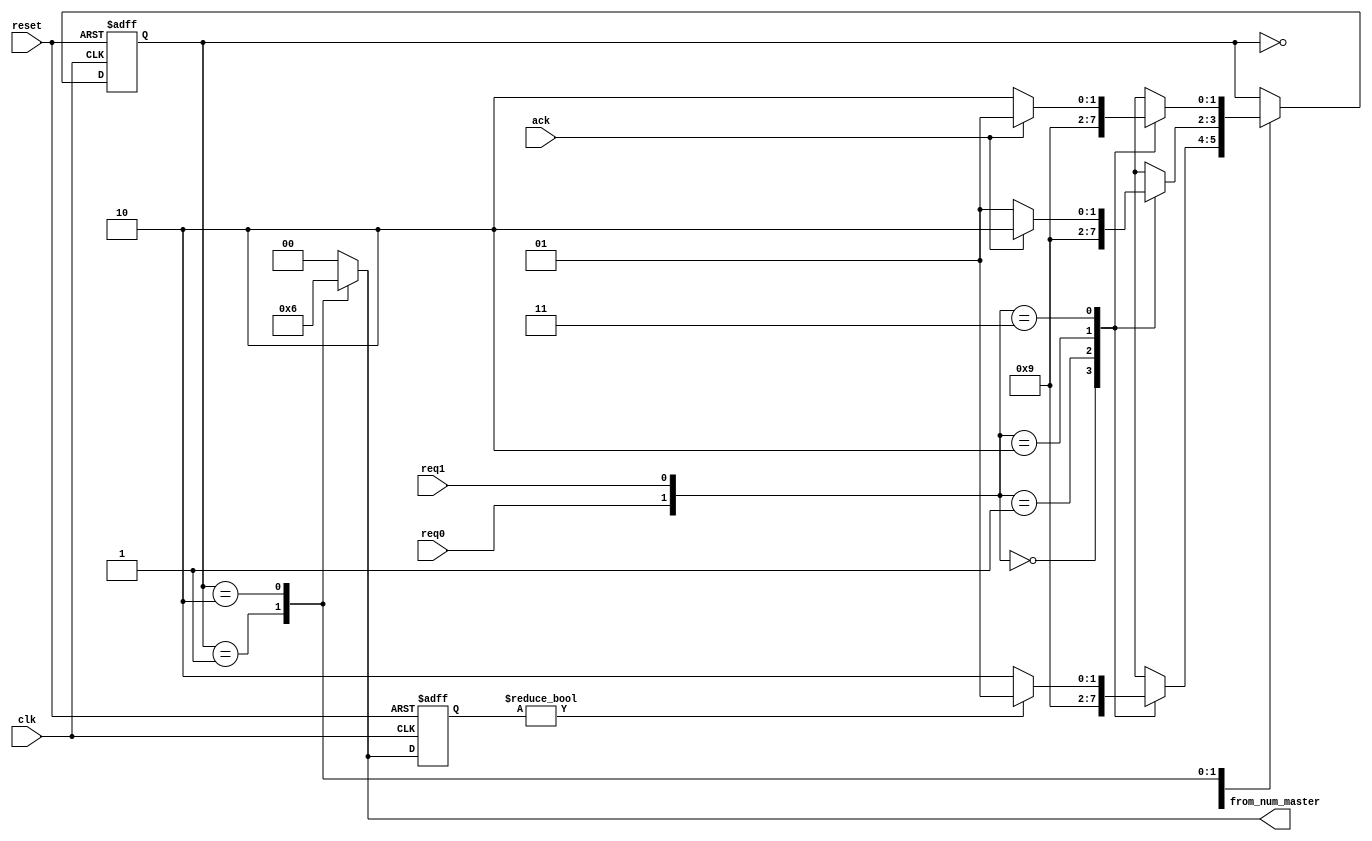
//1 arbiter for each slave
module arbiter
#(parameter NUM=1'b0)//size buffer queue
(
	input clk, 
	input reset,
	//from master 0
	input req0, 
	//from master 1
	input req1,
	//from slave
	input ack,
	
	output reg [1:0] from_num_master //01 - master0, 10 - master1
);

reg [1:0] state;
parameter Idle=0, Master0=2'b01, Master1=2'b10;
reg [1:0] last_num_master; //to change master if 2 req 

always@(posedge clk, posedge reset)
begin
	if(reset) begin
		state<=Idle;
	end
	else
		case(state)
			Idle: begin case ({req0,req1})
				2'b00: state <= Idle;
				2'b01: state <= Master1;
				2'b10: state <= Master0; 
				2'b11: state <= (last_num_master) ? Master0 : Master1;   //change master 
				endcase
				end
				
			Master0: begin case ({req0,req1})
				2'b00: state <= Idle;
				2'b01: state <= Master1;
				2'b10: state <= Master0;
				2'b11: begin if (ack)
						state <= Master1; //processing 2nd req
						else state <= Master0; //wait ack slave
						end
				endcase
				end
				
			Master1: begin case ({req0,req1})
				2'b00: state <= Idle;
				2'b01: state <= Master1;
				2'b10: state <= Master0;
				2'b11: begin if (ack)
						state <= Master0;//processing 2nd req
						else state<=Master1;//wait ack slave
						end
				endcase
				end
		endcase
end

always@(state)
begin
	case(state)
		Idle: from_num_master = 2'b0;
		Master0: from_num_master = 2'b01; //directing req from master0
		Master1: from_num_master = 2'b10; //directing req from master1
		default: from_num_master = 2'b0;
	endcase
end

//save last state
always@(posedge clk, posedge reset)
begin
if (reset)
	last_num_master <= 2'b0;
else last_num_master <= from_num_master;
end
endmodule